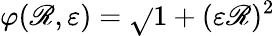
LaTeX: \varphi(\mathscr{R},\varepsilon)=\sqrt{}{{1+(\varepsilon\mathscr{R})^{2}}}